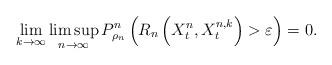
LaTeX: \begin{align*}\lim_{k\rightarrow\infty}\limsup_{n\rightarrow\infty}P^{n}_{\rho_n}\left(R_n\left(X^n_t, X^{n,k}_t\right)>\varepsilon\right)=0.\end{align*}